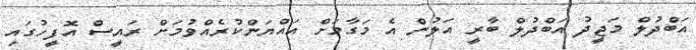
އަބްދުލް މަޖީދު އަބްދުލް ބާރީ އަލުން އެ މަގާމަށް އައްޔަންކުރެއްވުމަށް ރައީސް އޮފީހުގައި